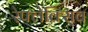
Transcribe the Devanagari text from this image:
रेफ्लेक्सिव